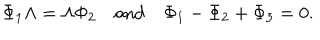
\Phi _ { 1 } \Lambda = \Lambda \Phi _ { 2 } \quad \mathrm { a n d } \quad \Phi _ { 1 } - \Phi _ { 2 } + \Phi _ { 3 } = 0 .